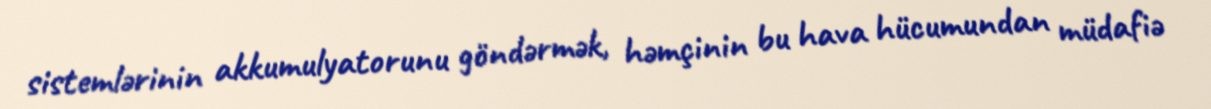
sistemlərinin akkumulyatorunu göndərmək, həmçinin bu hava hücumundan müdafiə